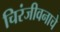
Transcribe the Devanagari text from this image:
चिरंजीवनाचे